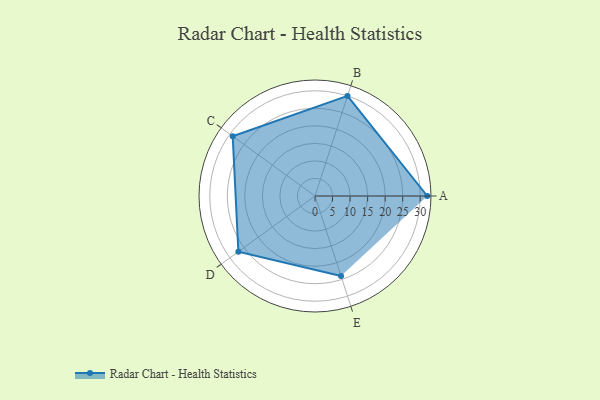
{"axis": {"x": "Skill", "y": "Score"}, "legend": ["Profile"], "data": [{"x": "A", "y": 32.0, "type": "Profile"}, {"x": "B", "y": 30.0, "type": "Profile"}, {"x": "C", "y": 29.0, "type": "Profile"}, {"x": "D", "y": 27.0, "type": "Profile"}, {"x": "E", "y": 24.0, "type": "Profile"}]}